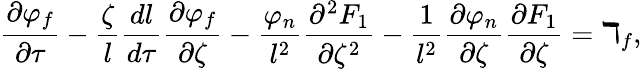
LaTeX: \frac{\partial\varphi_{f}}{\partial\tau}-\frac{\zeta}{l}\frac{dl}{d\tau}\frac{\partial\varphi_{f}}{\partial\zeta}-\frac{\varphi_{n}}{l^{2}}\frac{\partial^{2}F_{1}}{\partial\zeta^{2}}-\frac{1}{l^{2}}\frac{\partial\varphi_{n}}{\partial\zeta}\frac{\partial F_{1}}{\partial\zeta}=\daleth_{f},